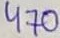
Text: 470